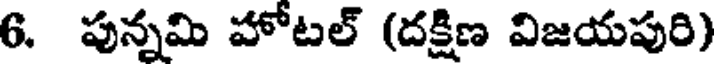
6. పున్నమి హోటల్ (దక్షిణ విజయపురి)